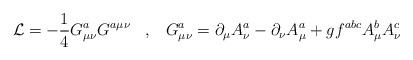
LaTeX: \begin{align*}{\cal L} = - \frac{1}{4}G^a_{\mu\nu}G^{a\mu\nu} \;\;\;,\;\;\;G^a_{\mu\nu} = \partial_{\mu}A^a_{\nu} - \partial_{\nu}A^a_{\mu} + gf^{abc}A^b_{\mu}A^c_{\nu}\end{align*}